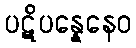
ပဋိပန္နေနေဝ